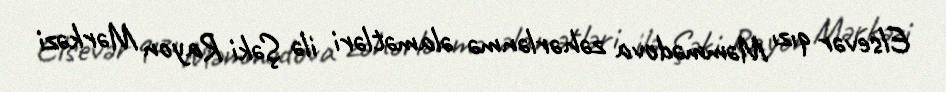
Elsevər qızı Məmmədova zəhərlənmə əlamətləri ilə Şəki Rayon Mərkəzi